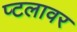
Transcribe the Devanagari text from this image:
प्टलावर